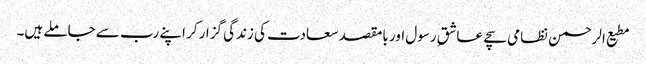
مطیع الرحمن نظامی سچے عاشقِ رسول اور بامقصد سعادت کی زندگی گزار کر اپنے رب سے جاملے ہیں۔